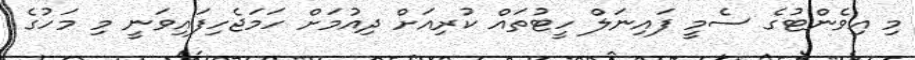
މި އިވެންޓުގެ ސެމީ ފައިނަލް ހީޓުތައް ކުރިއަށް ދިއުމަށް ހަމަޖެހިފައިވަނީ މި މަހުގެ